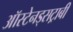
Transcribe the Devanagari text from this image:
ऑस्टेनड्सट्राबी